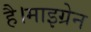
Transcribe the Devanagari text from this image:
है।माइग्रेन